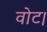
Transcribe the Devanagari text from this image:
वोट।